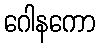
ဂေါနကော